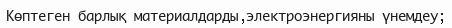
Көптеген барлық материалдарды,электроэнергияны үнемдеу;